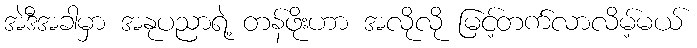
အဲဒီအခါမှာ အနုပညာရဲ့ တန်ဖိုးဟာ အလိုလို မြင့်တက်လာလိမ့်မယ်